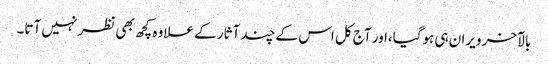
بالآخر ویران ہی ہوگیا،اور آج کل اس کے چند آثار کے علاوہ کچھ بھی نظر نہیں آتا۔